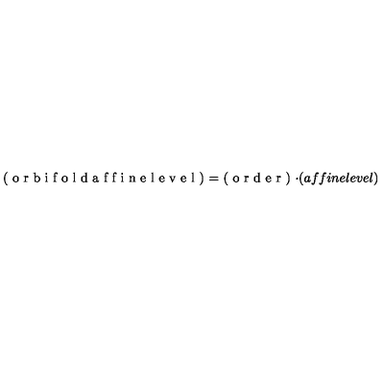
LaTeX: \textup { ( o r b i f o l d a f f i n e l e v e l ) = ( o r d e r ) \cdot ( a f f i n e l e v e l ) }